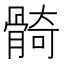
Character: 𩩛